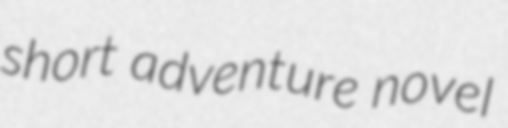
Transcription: short adventure novel